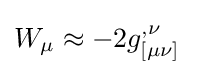
W_{\mu }\approx -2g_{[\mu \nu ]}^{,\nu }\;